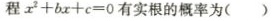
程$$x ^ 2 + b x + c = 0$$有实根的概率为( )